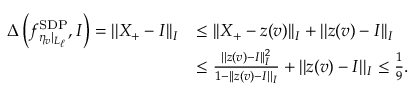
\begin{array} { r l } { \Delta \left( f _ { \eta _ { v } \vert _ { L _ { \ell } } } ^ { \mathrm { S D P } } , I \right) = \vert \vert X _ { + } - I \vert \vert _ { I } } & { \le \vert \vert X _ { + } - z ( v ) \vert \vert _ { I } + \vert \vert z ( v ) - I \vert \vert _ { I } } \\ & { \le \frac { \vert \vert z ( v ) - I \vert \vert _ { I } ^ { 2 } } { 1 - \vert \vert z ( v ) - I \vert \vert _ { I } } + \vert \vert z ( v ) - I \vert \vert _ { I } \le \frac { 1 } { 9 } . } \end{array}